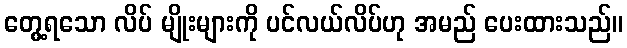
တွေ့ရသော လိပ် မျိုးများကို ပင်လယ်လိပ်ဟု အမည် ပေးထားသည်။